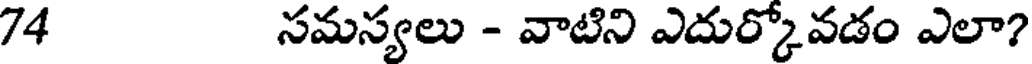
74 సమస్యలు - వాటిని ఎదుర్కోవడం ఎలా?